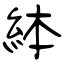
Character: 絊